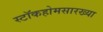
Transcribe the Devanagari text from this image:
स्टॉकहोमसारख्या